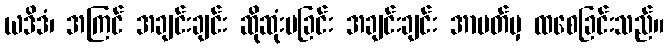
ယဒိဒံ၊ အကြင် အချင်းချင်း ဆိုဆုံးမခြင်း အချင်းချင်း အာပတ်မှ ထစေခြင်းသည်။